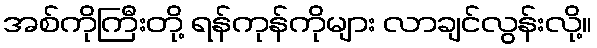
အစ်ကိုကြီးတို့ ရန်ကုန်ကိုများ လာချင်လွန်းလို့။